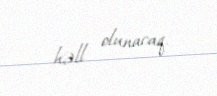
həll olunacaq.